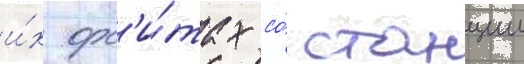
и́х орб'и́тах со́ станции